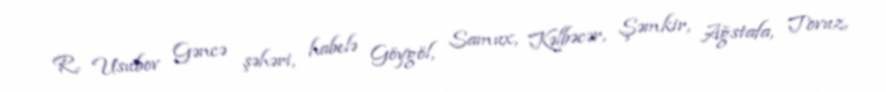
R. Usubov Gəncə şəhəri, habelə Göygöl, Samux, Kəlbəcər, Şəmkir, Ağstafa, Tovuz,